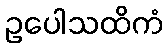
ဥပေါသထိကံ